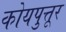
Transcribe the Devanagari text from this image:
कोयपुत्तूर